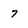
Character: 7